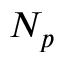
N _ { p }